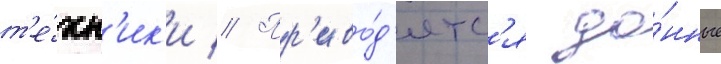
т'е́хн'ик'и // Пр'иво́д'ятс'я да́нные